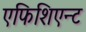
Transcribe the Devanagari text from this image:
एफिशिएन्ट